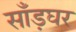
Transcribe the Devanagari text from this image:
साँड़घर